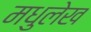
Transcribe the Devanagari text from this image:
मधुलेख